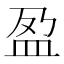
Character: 盈